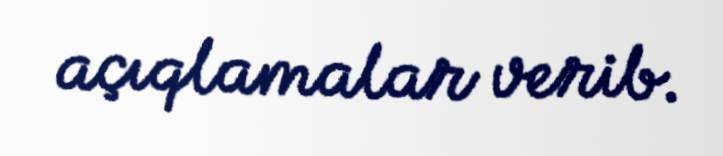
açıqlamalar verib.